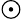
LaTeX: \odot